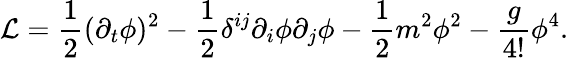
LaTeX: {\mathcal{L}}={\frac{1}{2}}(\partial_{t}\phi)^{2}-{\frac{1}{2}}\delta^{ij}\partial_{i}\phi\partial_{j}\phi-{\frac{1}{2}}m^{2}\phi^{2}-{\frac{g}{4!}}\phi^{4}.